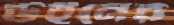
উইনের